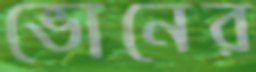
ভোনের